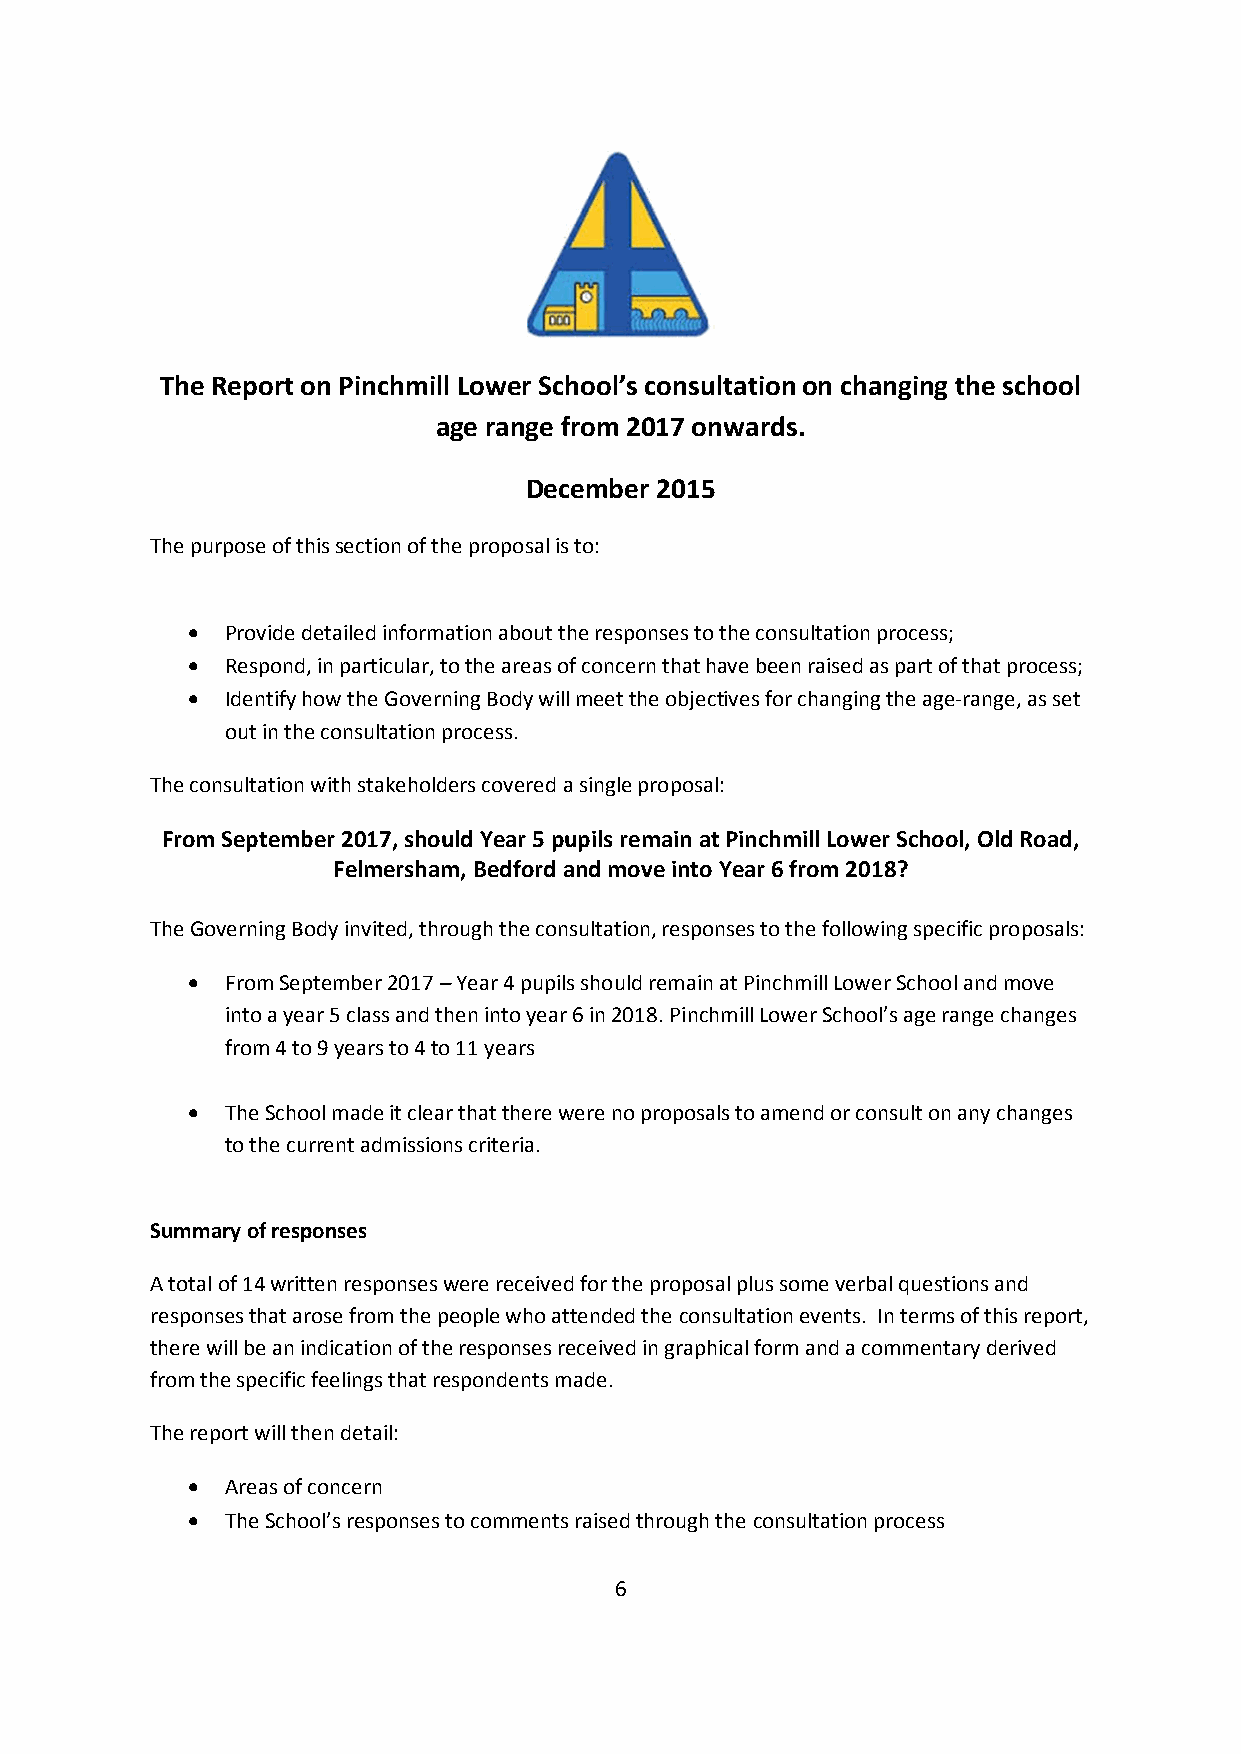
The Report on Pinchmill Lower School’s consultation on changing the school
 age range from 2017 onwards.
 December 2015
 The purpose of this section of the proposal is to:
 •  Provide detailed information about the responses to the consultation process;
 •  Respond, in particular, to the areas of concern that have been raised as part of that process;
 •  Identify how the Governing Body will meet the objectives for changing the age-range, as set
 out in the consultation process.
 The consultation with stakeholders covered a single proposal:
 From September 2017, should Year 5 pupils remain at Pinchmill Lower School, Old Road,
 Felmersham, Bedford and move into Year 6 from 2018?
 The Governing Body invited, through the consultation, responses to the following specific proposals:
 •  From September 2017 – Year 4 pupils should remain at Pinchmill Lower School and move
 into a year 5 class and then into year 6 in 2018. Pinchmill Lower School’s age range changes
 from 4 to 9 years to 4 to 11 years
 •  The School made it clear that there were no proposals to amend or consult on any changes
 to the current admissions criteria.
 Summary of responses
 A total of 14 written responses were received for the proposal plus some verbal questions and
 responses that arose from the people who attended the consultation events. In terms of this report,
 there will be an indication of the responses received in graphical form and a commentary derived
 from the specific feelings that respondents made.
 The report will then detail:
 •  Areas of concern
 •  The School’s responses to comments raised through the consultation process
 6